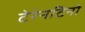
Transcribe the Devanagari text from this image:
टेरेनटिनो